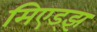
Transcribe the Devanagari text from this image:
मिएड्झ